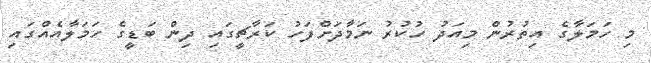
މި ހަމަލާގެ އިތުރުން މިއަދު ހުކުރު ނަމާދަށްފަހު ކަރާޗީގައި ދިން ބަޑީގެ ހަމަލާއެއްގައި